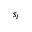
s _ { i }